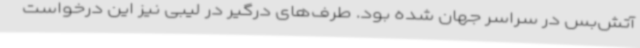
آتش‌بس در سراسر جهان شده بود. طرف‌های درگیر در لیبی نیز این درخواست